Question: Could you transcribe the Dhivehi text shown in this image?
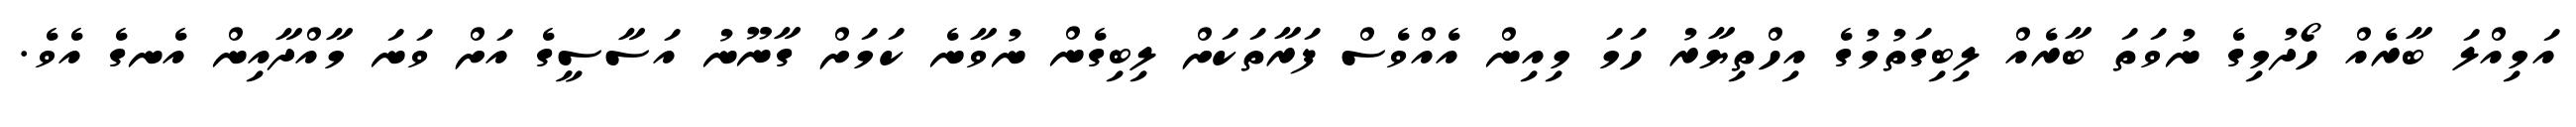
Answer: އަމިއްލަ ބާރެއް ހޯދުމިގެ ނުވަތަ ބާރެއް ލިބިގަތުމުގެ އިހްތިޔާރު ހަމަ މިއިން އެއްވެސް ފަރާތަކަށް ލިބިގެން ނުވާނެ ކަމަށް ގާނޫނު އަސާސީގެ އަށް ވަނަ މާއްދާއިން އެނގެ އެވެ.